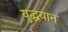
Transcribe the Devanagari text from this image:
युद्धयान